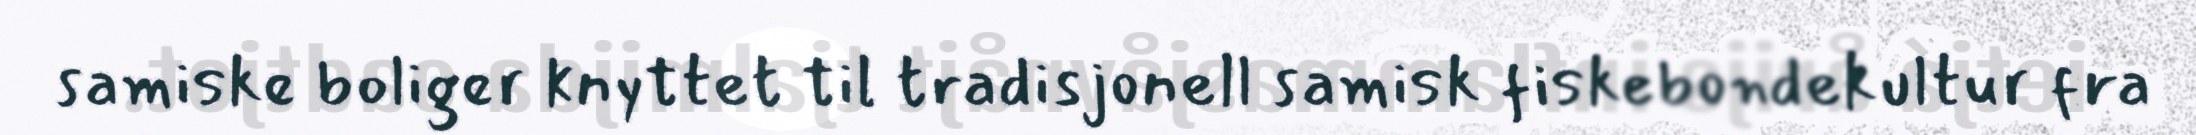
samiske boliger knyttet til tradisjonell samisk fiskebondekultur fra